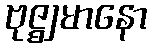
ဗုဇ္ဈမာနော